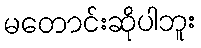
မတောင်းဆိုပါဘူး